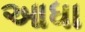
આધા